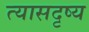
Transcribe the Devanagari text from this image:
त्यासदृष्य